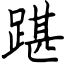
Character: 踸